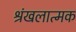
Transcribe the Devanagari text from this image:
श्रंखलात्मक